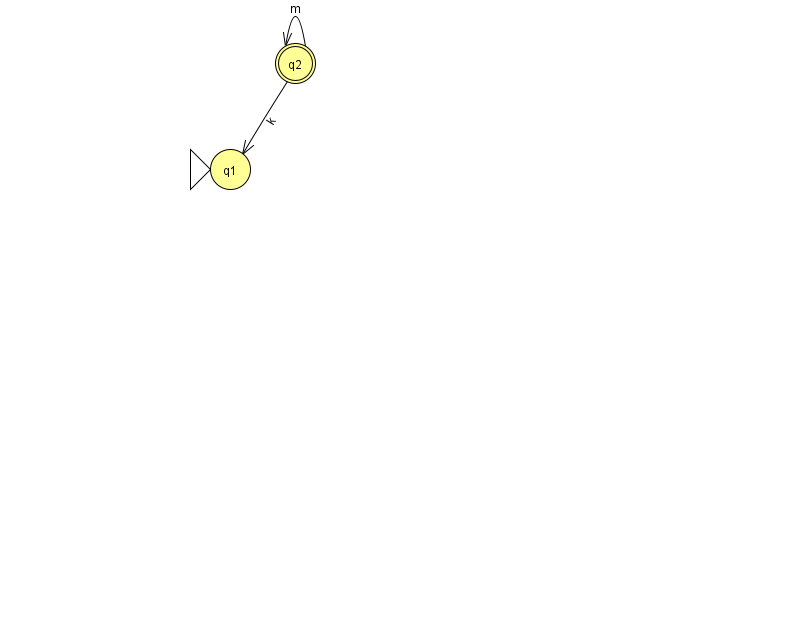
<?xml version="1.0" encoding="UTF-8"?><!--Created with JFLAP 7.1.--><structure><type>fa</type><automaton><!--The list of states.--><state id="1" name="q1"><x>230.0</x><y>156.0</y><initial/></state><state id="2" name="q2"><x>295.0</x><y>50.0</y><final/></state><!--The list of transitions.--><transition><from>2</from><to>1</to><read>k</read></transition><transition><from>2</from><to>2</to><read>m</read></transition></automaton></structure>